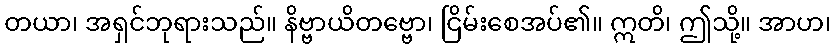
တယာ၊ အရှင်ဘုရားသည်။ နိဗ္ဗာယိတဗ္ဗော၊ ငြိမ်းစေအပ်၏။ ဣတိ၊ ဤသို့။ အာဟ၊